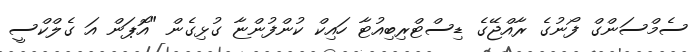
ސެމްސަންގް ފޯނުގެ ރާއްޖޭގެ ޑިސްޓްރިބިއުޓާ ހައިކް ކުންފުންޏާ ގުޅިގެން "އޮޕަން އަ ގެލްކްސީ